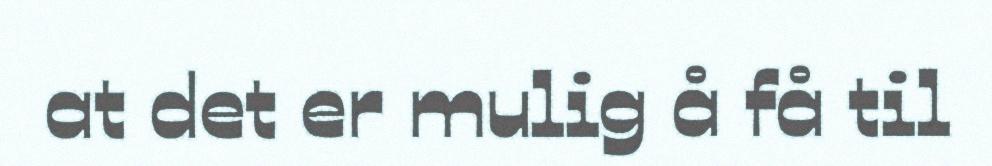
at det er mulig å få til